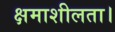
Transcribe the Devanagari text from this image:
क्षमाशीलता।